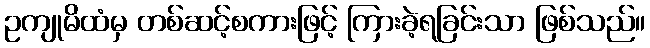
ဥကျုမိထံမှ တစ်ဆင့်စကားဖြင့် ကြားခဲ့ရခြင်းသာ ဖြစ်သည်။